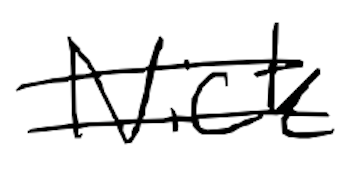
Text: Nick
Cross-out: mix
Writing tool: digital_black